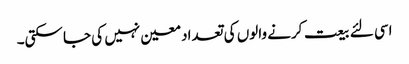
اسی لئے بیعت کرنے والوں کی تعداد معین نہیں کی جا سکتی۔